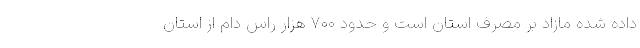
داده شده مازاد بر مصرف استان است و حدود ۷۰۰ هزار راس دام از استان